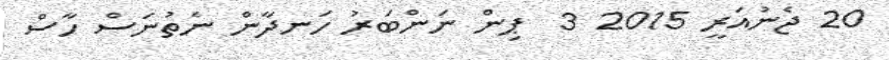
20 ޖެނުއަރީ 2015 3  ޕިން ނަންބަރު ހަނދާން ނެތުނަސް ހާސް